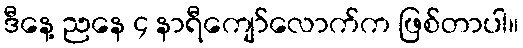
ဒီနေ့ ညနေ ၄ နာရီကျော်လောက်က ဖြစ်တာပါ။